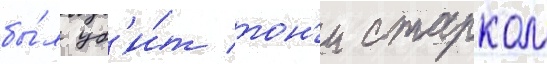
бы́л уб'и́т тон'и старком